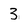
Character: 3